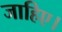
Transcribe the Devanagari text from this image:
जाहिए।